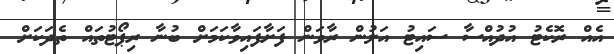
އެއް ރޮކެޓު އުދުއްސާ ސައިޓު އަލުން ރާވަން ފަށާފައިވާކަމަށް ބުނާ ރިޕޯޓުތައް ތެދަކަށް